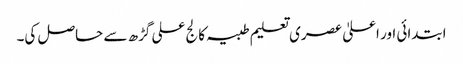
ابتدائی اور اعلیٰ عصری تعلیم طبیہ کالج علی گڑھ سے حاصل کی۔